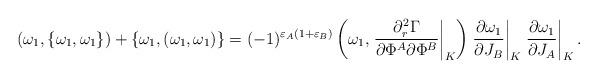
LaTeX: \begin{align*}(\omega_1,\{\omega_1,\omega_1\})+\{\omega_1,(\omega_1,\omega_1)\}=(-1)^{\varepsilon_A(1+\varepsilon_B)}\left(\omega_1,\left.{\partial_r^2 \Gamma\over \partial\Phi^A\partial\Phi^B}\right|_K\right)\left.{\partial\omega_1\over\partial J_B}\right|_K\left.{\partial\omega_1\over\partial J_A}\right|_K.\end{align*}